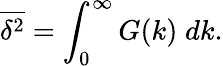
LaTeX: {\overline{{\delta^{2}}}}=\int_{0}^{\infty}G(k)\; dk.